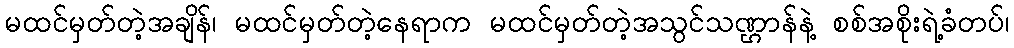
မထင်မှတ်တဲ့အချိန်၊ မထင်မှတ်တဲ့နေရာက မထင်မှတ်တဲ့အသွင်သဏ္ဌာန်နဲ့ စစ်အစိုးရဲ့ခံတပ်၊